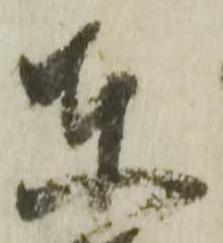
東